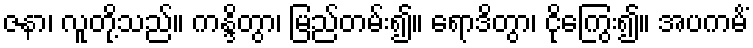
ဇနာ၊ လူတို့သည်။ ကန္ဒိတွာ၊ မြည်တမ်း၍။ ရောဒိတွာ၊ ငိုကြွေး၍။ အပကမိံ